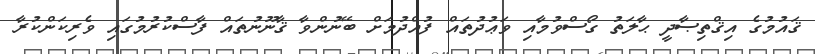
ޤައުމުގެ އިޤްތިޞާދީ ޙާލަތު ގޯސްވުމާއި ވަޢުދުތައް ފުއްދުމަށް ބޭނުންވާ ޤާނޫނުތައް ފާސްކުރުމުގައި ވެރިކަންކުރާ